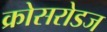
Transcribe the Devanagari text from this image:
क्रोसरोडज